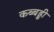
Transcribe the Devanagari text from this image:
कब्बड्डी